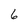
Character: 6